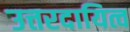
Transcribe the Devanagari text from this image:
उत्तरदायित्व